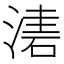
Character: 𣼤